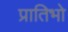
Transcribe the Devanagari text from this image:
प्रातिभो